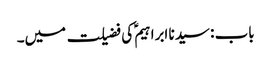
باب : سیدنا ابراہیمؑ کی فضیلت میں۔